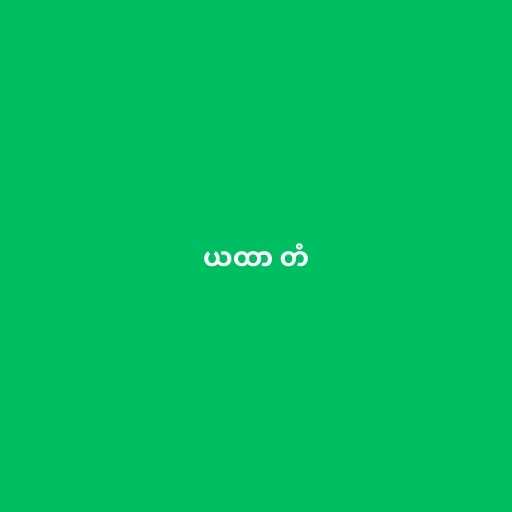
ယထာ တံ